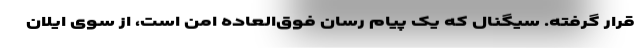
قرار گرفته. سیگنال که یک پیام رسان فوق‌العاده امن است، از سوی ایلان